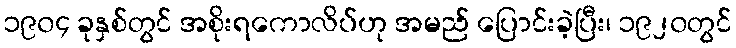
၁၉၀၄ ခုနှစ်တွင် အစိုးရကောလိပ်ဟု အမည် ပြောင်းခဲ့ပြီး၊ ၁၉၂၀တွင်